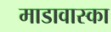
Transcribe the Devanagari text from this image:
माडावास्का